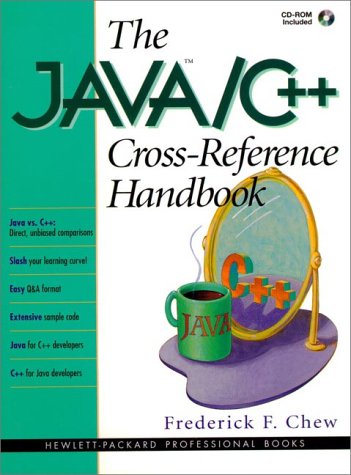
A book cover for The Java/C++ Cross Reference Handbook with CDROM (Hewlett-Packard Professional Books); Frederick Chew; Computers & Technology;